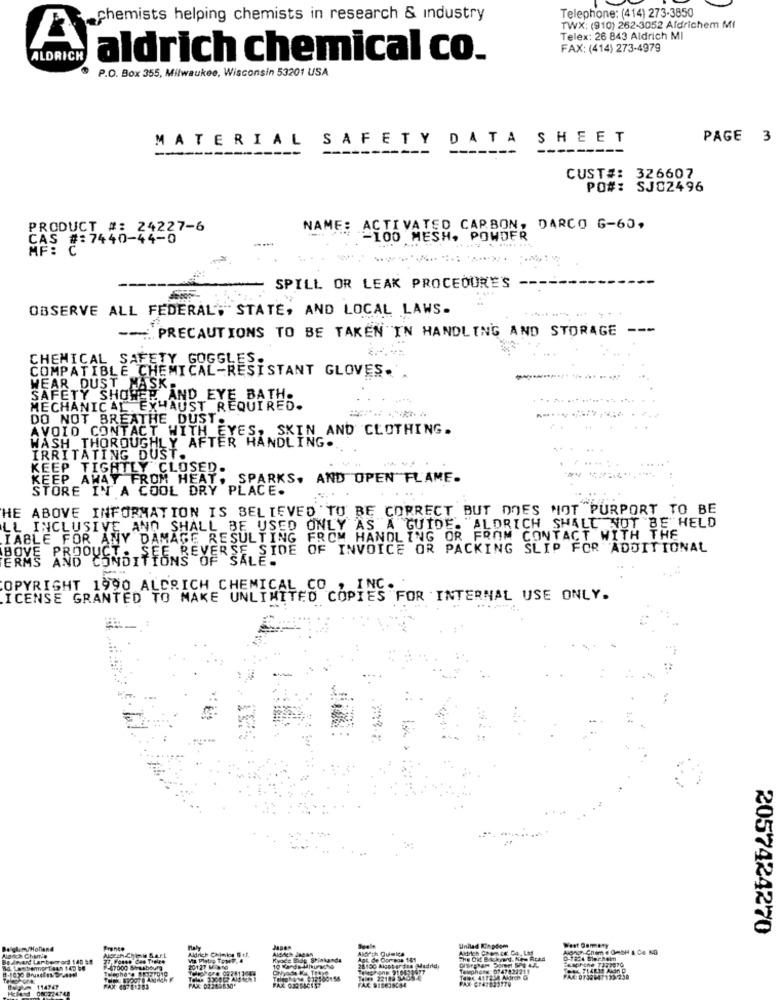
Telephone: (414) 273-3850
chemists helping chemists in research & industry
TWX; (910) 262-3052 Aldrichem MI
Telex: 26 843 Aldrich MI
A
FAX: (414) 273-4979
ALDRICH
aldrich chemical co.
P.O. Box 355, Milwaukee, Wisconsin 53201 USA
MATERIAL SAFETY DATA SHEET
PAGE 3
CUST#: 326607
PO#: SJ02496
PRODUCT #: 24227-6
NAME: ACTIVATED CARBON, DARCO G-60,
CAS #:7440-44-0
100 MESH, POWDER
...
SPILL OR LEAK PROCEDURES
OBSERVE ALL FEDERAL, STATE, AND LOCAL LAWS-
--- PRECAUTIONS TO BE TAKEN IN HANDLING AND STORAGE ---
CHEMICAL SAFETY GOGGLES:
COMPATIBLE CHEMICAL-RESISTANT GLOVES. .
WEAR DUST MASK,
SAFETY SHOWER AND EYE BATH.
MECHANICAL EXHAUST REQUIRED.
DO NOT BREATHE DUST.
AVOID CONTACT WITH EYES, SKIN AND CLOTHING.
WASH THOROUGHLY AFTER HANDLING.
IRRITATING DUST.
KEEP TIGHTLY CLOSED.
KEEP AWAY FROM HEAT, SPARKS. AND OPEN FLAME.
STORE IN A COOL DRY PLACE.
HE ABOVE INFORMATION IS BELIEVED TO BE CORRECT BUT DOES NOT PURPORT TO BE
LL INCLUSIVE AND SHALL BE USED ONLY AS A GUIDE. "ALDRICH SHALL NOT BE HELD
IABLE FOR ANY DAMAGE RESULTING FROM HANDLING OR FROM CONTACT WITH THE
SEE REVERSE SIDE OF INVOICE OR PACKING SLIP FOR ADDITIONAL
BOVE AND CONDITIONS OF SALE.
COPYRIGHT 1990 ALDRICH CHEMICAL CO.
ICENSE GRANTED TO MAKE UNLIMITED COPIES"
TES "FOR INTERNAL USE ONLY.
2057424270
Belgl. m/Holland
Aldrich Chlelos $ +f,
Aldrich Chemos' Ca, Las
Unilad In pdom
on Cnem # GMBH & Co KG
Be Arvard Larbenrord 140 &#
Kyac
Agt de Correos
The Oid Backyard, Kes Rcad
- 7000 Shusbourg
20177 M 810
28150 Alget er fis -Madrid,
Telphere 0147421211
de 22188 2435-6
Tele. 417258 Aldreh G
Hellend 080214748
114747
FAX 60751783